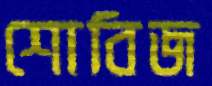
শোবিজ